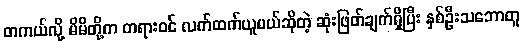
တကယ်လို့ မိမိတို့က တရားဝင် လက်ထက်ယူမယ်ဆိုတဲ့ ဆုံးဖြတ်ချက်ရှိပြီး နှစ်ဦးသဘောတူ